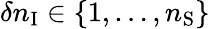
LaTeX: \delta n_{\mathrm{I}}\in\{ 1,\dots,n_{\mathrm{S}}\}